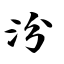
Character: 汾